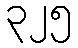
၃၂၅